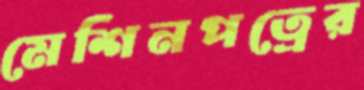
মেশিনপত্রের